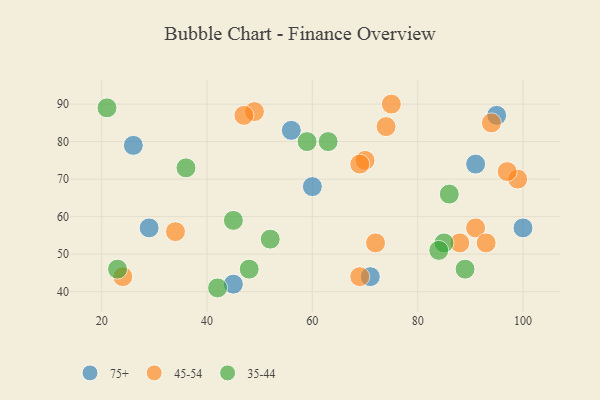
{"axis": {"x": "GDP", "y": "Life Expectancy"}, "legend": ["35-44", "45-54", "75+"], "data": [{"x": "100", "y": 57, "type": "75+"}, {"x": "26", "y": 79, "type": "75+"}, {"x": "45", "y": 42, "type": "75+"}, {"x": "91", "y": 74, "type": "75+"}, {"x": "60", "y": 68, "type": "75+"}, {"x": "95", "y": 87, "type": "75+"}, {"x": "71", "y": 44, "type": "75+"}, {"x": "56", "y": 83, "type": "75+"}, {"x": "29", "y": 57, "type": "75+"}, {"x": "70", "y": 75, "type": "45-54"}, {"x": "99", "y": 70, "type": "45-54"}, {"x": "88", "y": 53, "type": "45-54"}, {"x": "74", "y": 84, "type": "45-54"}, {"x": "69", "y": 44, "type": "45-54"}, {"x": "49", "y": 88, "type": "45-54"}, {"x": "24", "y": 44, "type": "45-54"}, {"x": "97", "y": 72, "type": "45-54"}, {"x": "69", "y": 74, "type": "45-54"}, {"x": "72", "y": 53, "type": "45-54"}, {"x": "47", "y": 87, "type": "45-54"}, {"x": "75", "y": 90, "type": "45-54"}, {"x": "94", "y": 85, "type": "45-54"}, {"x": "91", "y": 57, "type": "45-54"}, {"x": "34", "y": 56, "type": "45-54"}, {"x": "93", "y": 53, "type": "45-54"}, {"x": "36", "y": 73, "type": "35-44"}, {"x": "85", "y": 53, "type": "35-44"}, {"x": "84", "y": 51, "type": "35-44"}, {"x": "59", "y": 80, "type": "35-44"}, {"x": "52", "y": 54, "type": "35-44"}, {"x": "48", "y": 46, "type": "35-44"}, {"x": "45", "y": 59, "type": "35-44"}, {"x": "89", "y": 46, "type": "35-44"}, {"x": "86", "y": 66, "type": "35-44"}, {"x": "21", "y": 89, "type": "35-44"}, {"x": "63", "y": 80, "type": "35-44"}, {"x": "42", "y": 41, "type": "35-44"}, {"x": "23", "y": 46, "type": "35-44"}]}